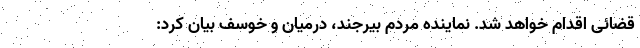
قضائی اقدام خواهد شد. نماینده مردم بیرجند، درمیان و خوسف بیان کرد: